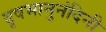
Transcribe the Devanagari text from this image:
वृषभानुनंदिनी